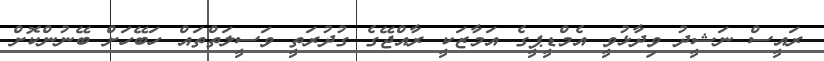
ރައީސް ނަޝީދު ވިދާޅުވީ އެމްޑީޕީގެ އަމާޒަކީ ރާއްޖޭގެ ގުދުރަތީ ވަސީލަތްތައް ހަބޭހަށް ބޭނުންކޮށް